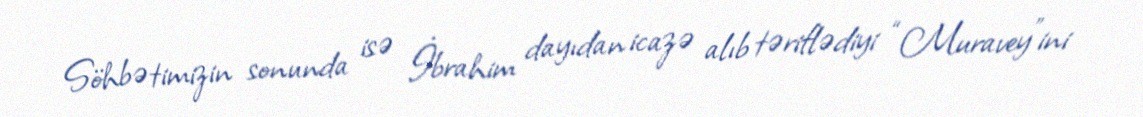
Söhbətimizin sonunda isə İbrahim dayıdan icazə alıb təriflədiyi “Muravey”ini